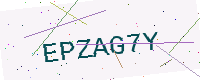
Text: EPZAG7Y